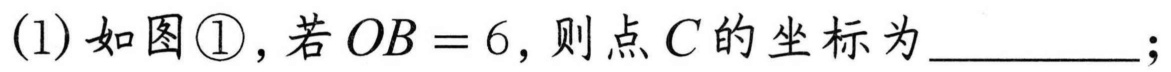
(1)如图\textcircled{1}，若$OB = 6$，则点$C$的坐标为__________；